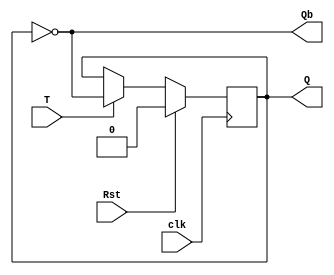
module T_ff(T,clk,Rst,Q,Qb);
input T,clk,Rst;
output reg Q;
output Qb;
always @(posedge clk)
 begin
  if(Rst==1)
     Q<=0;
  else
   begin
    if(T==1)
      Q<=Qb;
    else
      Q<=Q;
   end
  end
assign Qb = ~Q;
endmodule